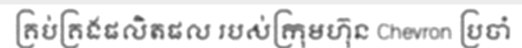
គ្រប់គ្រងផលិតផល របស់ក្រុមហ៊ុន Chevron ប្រចាំ